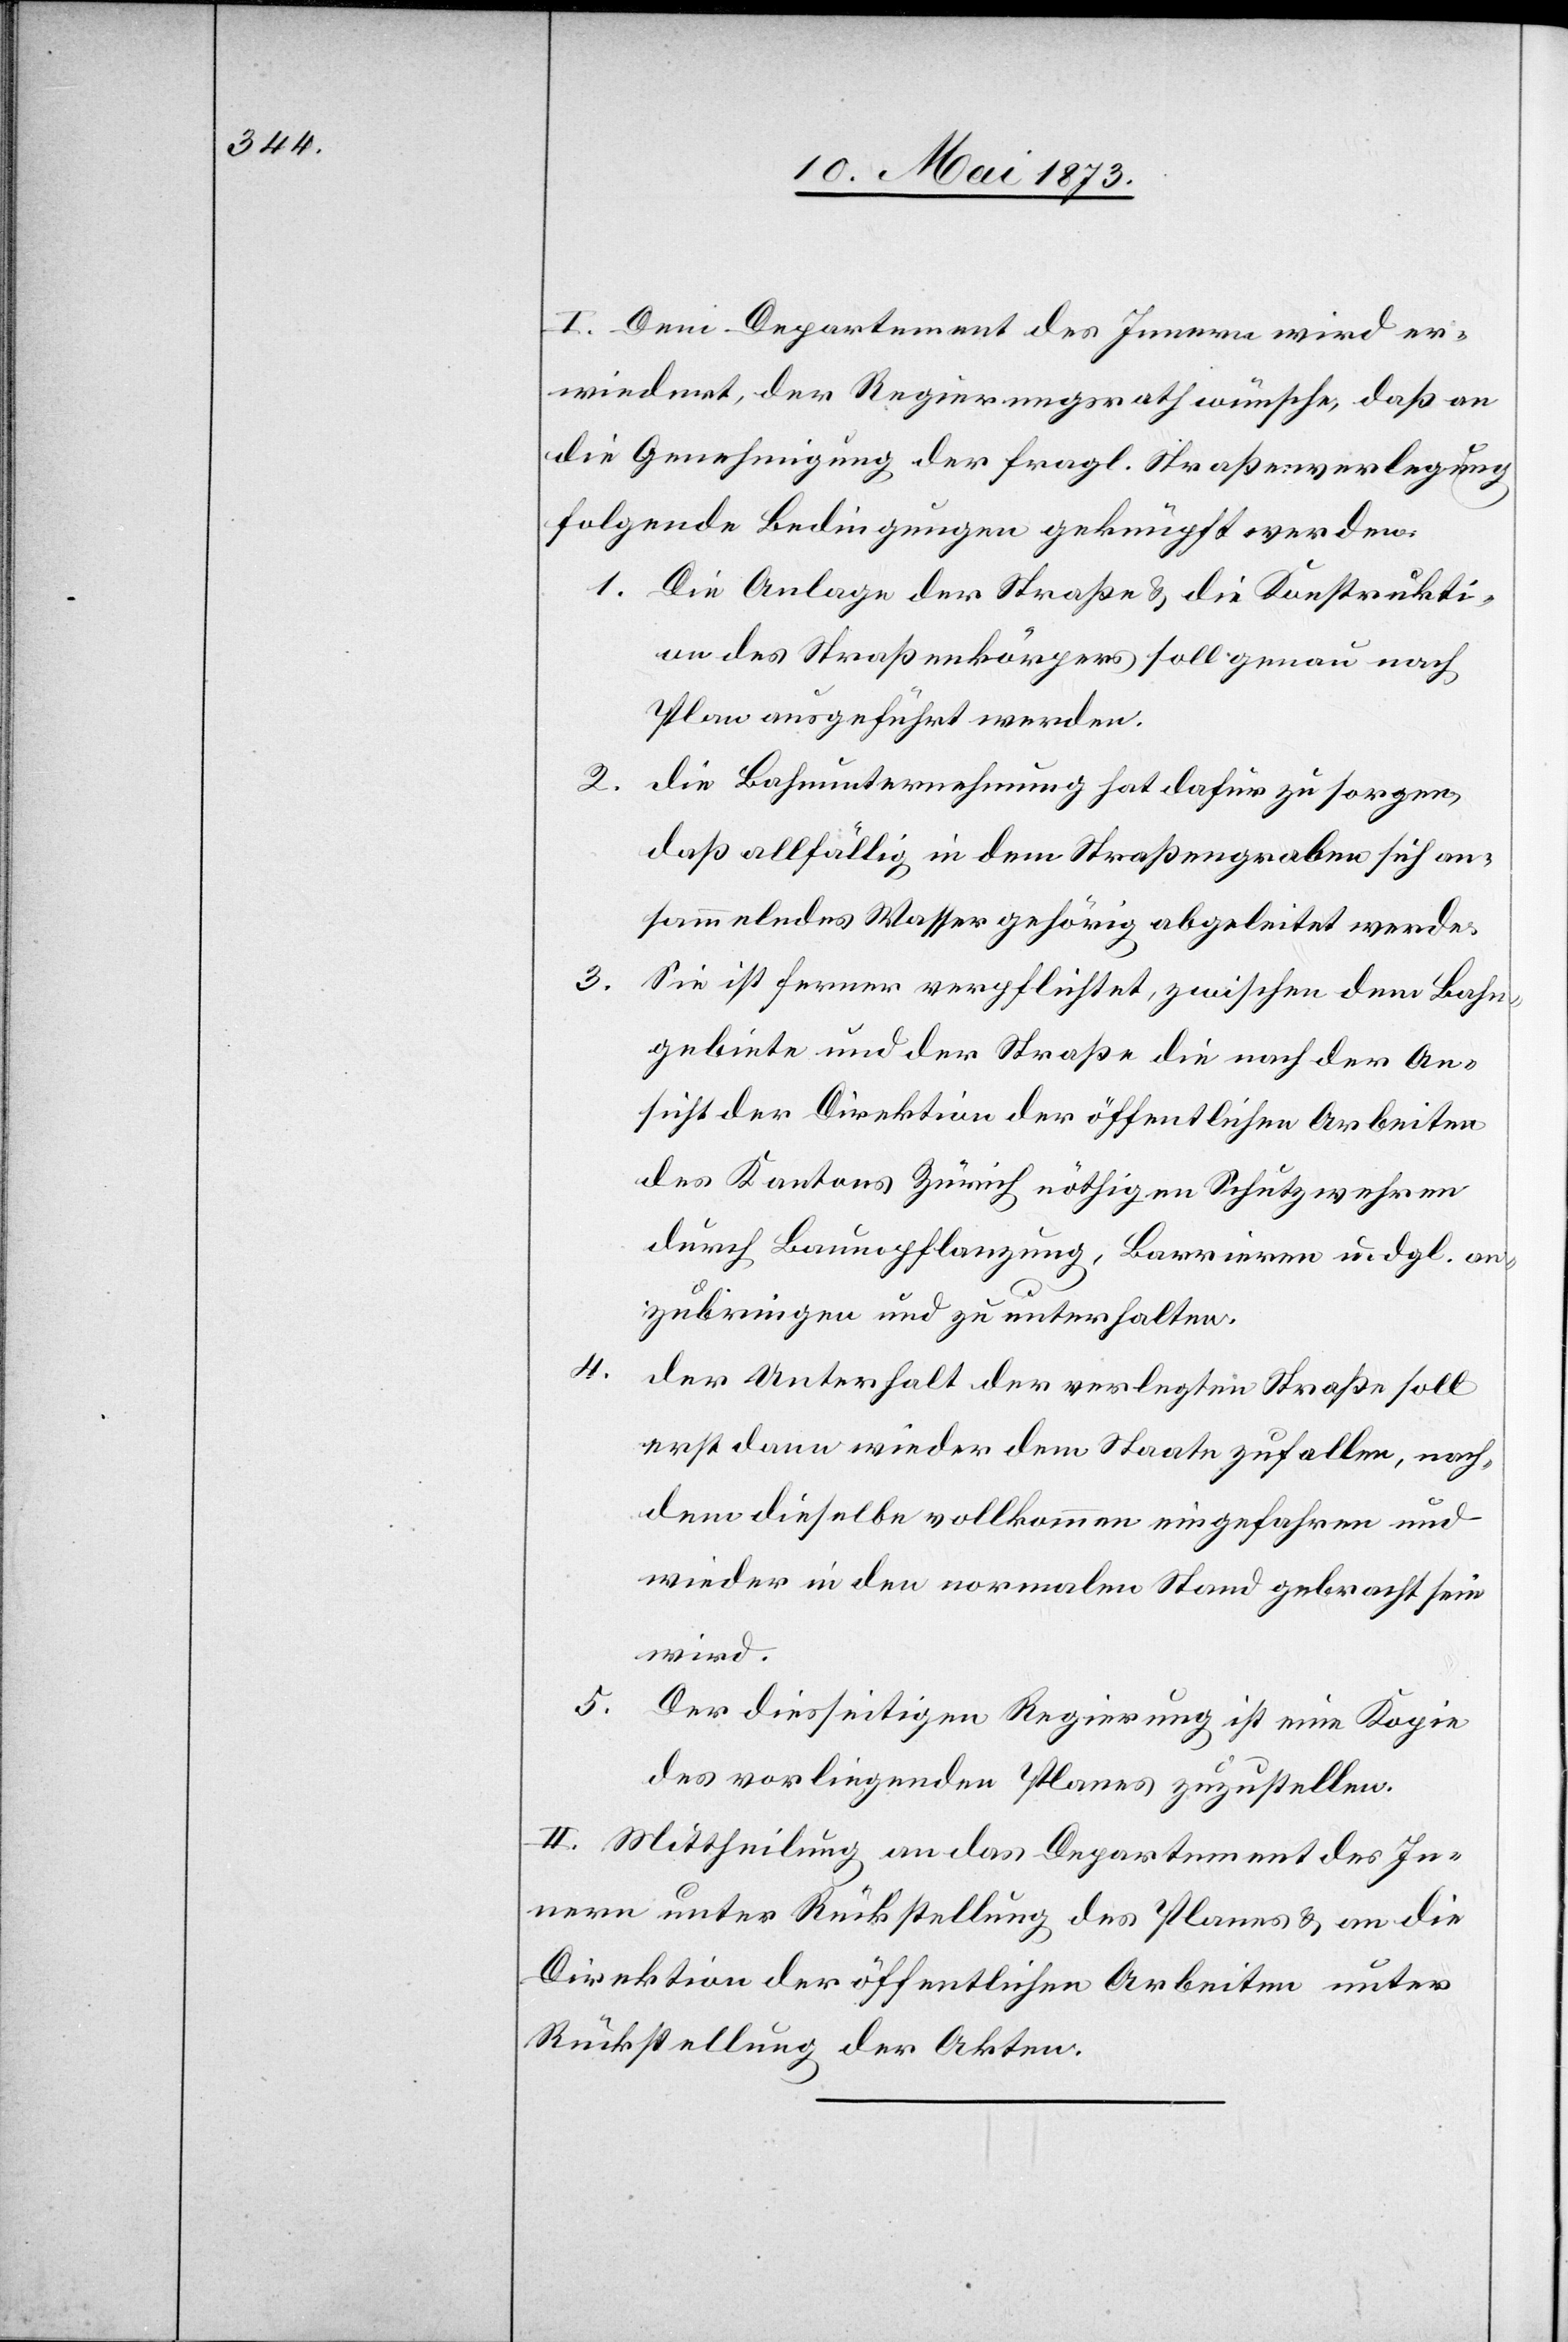
I. Dem Departement des Innern wird er¬
wiedert, der Regierungsrath wünsche, daß an
die Genehmigung der fragl. Straßenverlegung
folgende Bedingungen geknüpft werden:
1. Die Anlage der Straße & die Konstrukti¬
on des Straßenkörpers soll genau nach
Plan ausgeführt werden.
2.
die Bahnunternehmung hat dafür zu sorgen,
daß allfällig in dem Straßengraben sich an¬
sammelndes Wasser gehörig abgeleitet werde.
3.
Sie ist ferner verpflichtet, zwischen dem Bahn¬
gebiete und der Straße die nach der An¬
sicht der Direktion der öffentlichen Arbeiten
des Kantons Zürich nöthigen Schutzwehren
durch Baumpflanzung, Barrieren u. dgl. an¬
zubringen und zu unterhalten.
4.
der Unterhalt der verlegten Straße soll
erst dann wieder dem Staate zufallen, nach¬
dem dieselbe vollkommen eingefahren und
wieder in den normalen Stand gebracht sein
wird.
5.
Der diesseitigen Regierung ist eine Kopie
des vorliegenden Planes zuzustellen.
II. Mittheilung an das Departement des In¬
nern unter Rückstellung des Planes & an die
Direktion der öffentlichen Arbeiten unter
Rückstellung der Akten.